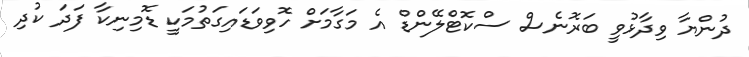
ދުންޔާ ވިދާޅުވީ ބަރޮނެސް ސްކޮޓްލޭންޑް އެ މަގާމަށް ހޮވިވަޑައިގަތުމަކީ ޑޮމިނިކާ ފަދަ ކުދި